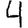
Digit: 4